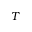
T